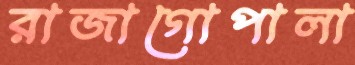
রাজাগোপালা